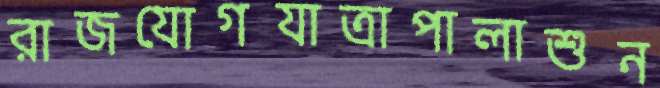
রাজযোগযাত্রাপালাশুন